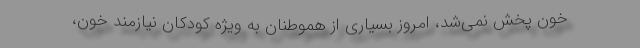
خون پخش نمی‌شد، امروز بسیاری از هموطنان به ویژه کودکان نیازمند خون،